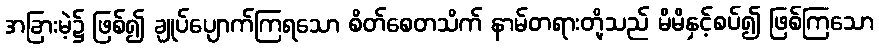
အခြားမဲ့၌ ဖြစ်၍ ချုပ်ပျောက်ကြရသော စိတ်စေတသိက် နာမ်တရားတို့သည် မိမိနှင့်စပ်၍ ဖြစ်ကြသော